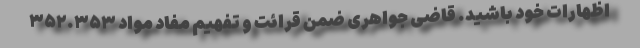
اظهارات خود باشید. قاضی جواهری ضمن قرائت و تفهیم مفاد مواد ۳۵۲.۳۵۳